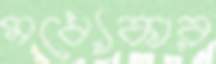
মধ্যেকার